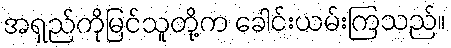
အရှည်ကိုမြင်သူတို့က ခေါင်းယမ်းကြသည်။